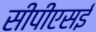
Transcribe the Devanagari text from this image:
सीपीएसई